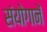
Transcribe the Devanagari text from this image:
संयोगानें